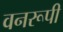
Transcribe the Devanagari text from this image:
वनरूपी